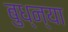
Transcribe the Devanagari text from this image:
बुध्न्या